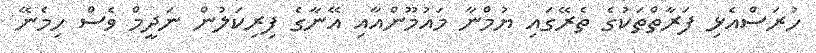
ހުރަސްއެޅި ފަރާތްތަކުގެ ތެރޭގައި ޔުމްނާ މައުމޫންއާއި އޭނާގެ ފިރިކަލުން ނަދީމް ވެސް ހިމެނޭ